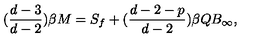
( \frac { d - 3 } { d - 2 } ) \beta M = S _ { f } + ( \frac { d - 2 - p } { d - 2 } ) \beta Q B _ { \infty } ,